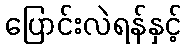
ပြောင်းလဲရန်နှင့်